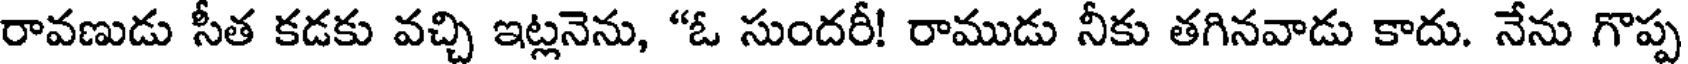
రావణుడు సీత కడకు వచ్చి ఇట్లనెను, "ఓ సుందరీ! రాముడు నీకు తగినవాడు కాదు. నేను గొప్ప